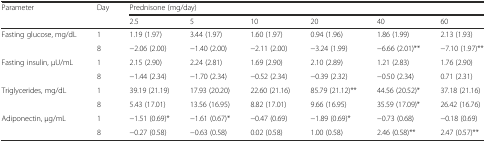
| <ROWSPAN=2> Parameter | <ROWSPAN=2> Day | <COLSPAN=6> Prednisone (mg/day) |
 | 2.5 | 5 | 10 | 20 | 40 | 60 |
 | --- | --- | --- | --- | --- | --- | --- | --- |
 | <ROWSPAN=2> Fasting glucose, mg/dL | 1 | 1.19 (1.97) | 3.44 (1.97) | 1.60 (1.97) | 0.94 (1.96) | 1.86 (1.99) | 2.13 (1.93) |
 | 8 | −2.06 (2.00) | −1.40 (2.00) | −2.11 (2.00) | −3.24 (1.99) | −6.66 (2.01)** | −7.10 (1.97)** |
 | <ROWSPAN=2> Fasting insulin, μU/mL | 1 | 2.15 (2.90) | 2.24 (2.81) | 1.69 (2.90) | 2.10 (2.89) | 1.21 (2.83) | 1.76 (2.90) |
 | 8 | −1.44 (2.34) | −1.70 (2.34) | −0.52 (2.34) | −0.39 (2.32) | −0.50 (2.34) | 0.71 (2.31) |
 | <ROWSPAN=2> Triglycerides, mg/dL | 1 | 39.19 (21.19) | 17.93 (20.20) | 22.60 (21.16) | 85.79 (21.12)** | 44.56 (20.52)* | 37.18 (21.16) |
 | 8 | 5.43 (17.01) | 13.56 (16.95) | 8.82 (17.01) | 9.66 (16.95) | 35.59 (17.09)* | 26.42 (16.76) |
 | <ROWSPAN=2> Adiponectin, μg/mL | 1 | −1.51 (0.69)* | −1.61 (0.67)* | −0.47 (0.69) | −1.89 (0.69)* | −0.73 (0.68) | −0.18 (0.69) |
 | 8 | −0.27 (0.58) | −0.63 (0.58) | 0.02 (0.58) | 1.00 (0.58) | 2.46 (0.58)** | 2.47 (0.57)** |